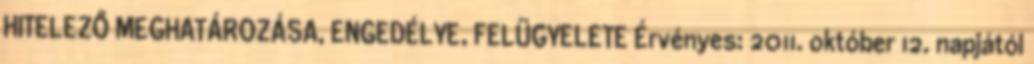
HITELEZŐ MEGHATÁROZÁSA, ENGEDÉLYE, FELÜGYELETE Érvényes: 2011. október 12. napjától